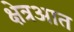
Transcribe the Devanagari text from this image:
क्षेत्रआत